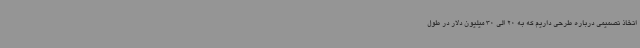
اتخاذ تصمیمی درباره طرحی داریم که به 20 الی 30 میلیون دلار در طول